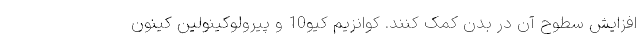
افزایش سطوح آن در بدن کمک کنند. کوانزیم کیو10 و پیرولوکینولین کینون